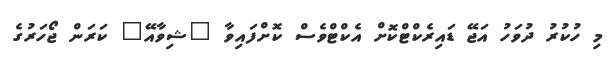
މި ހުކުރު ދުވަހު އަޖޭ ޑައިރެކްޓްކޮށް އެކްޓްވެސް ކޮށްފައިވާ "ޝިވާއޭ" ކަރަން ޖޯހަރުގެ